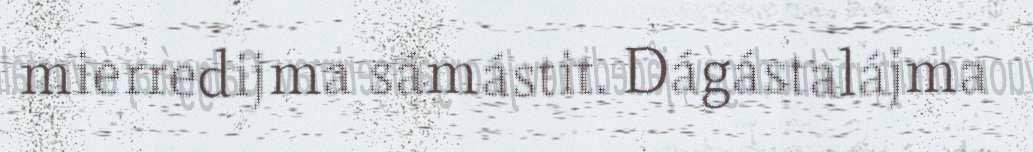
mierredijma sámástit. Dágástalájma